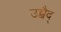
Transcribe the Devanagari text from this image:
उब्बैद्